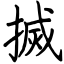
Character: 搣